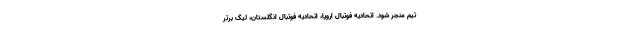
تیم منجر شود. اتحادیه فوتبال اروپا، اتحادیه فوتبال انگلستان، لیگ برتر